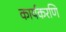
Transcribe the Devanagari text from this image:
कार्यकरणि